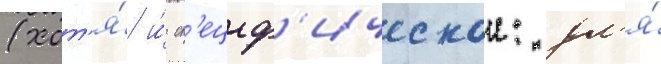
(хот'я́ и́ сп'ециф'ическои: дл'я́